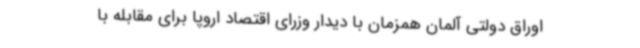
اوراق دولتی آلمان همزمان با دیدار وزرای اقتصاد اروپا برای مقابله با